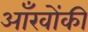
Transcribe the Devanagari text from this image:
आँखोंकी